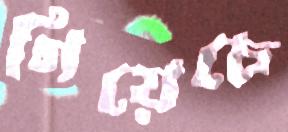
গিয়েচে